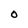
Character: O